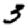
Digit: 3